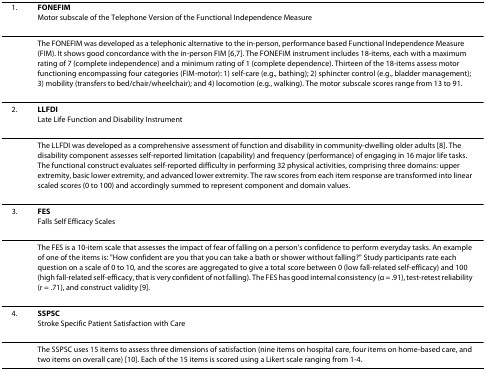
<table><thead><tr><td><b>1.</b></td><td><b>FONEFIMMotor subscale of the Telephone Version of the Functional Independence Measure</b></td></tr></thead><tbody><tr><td></td><td>The FONEFIM was developed as a telephonic alternative to the in-person, performance based Functional Independence Measure (FIM). It shows good concordance with the in-person FIM [6,7]. The FONEFIM instrument includes 18-items, each with a maximum rating of 7 (complete independence) and a minimum rating of 1 (complete dependence). Thirteen of the 18-items assess motor functioning encompassing four categories (FIM-motor): 1) self-care (e.g., bathing); 2) sphincter control (e.g., bladder management); 3) mobility (transfers to bed/chair/wheelchair); and 4) locomotion (e.g., walking). The motor subscale scores range from 13 to 91.</td></tr><tr><td>2.</td><td><b>LLFDI</b>Late Life Function and Disability Instrument</td></tr><tr><td></td><td>The LLFDI was developed as a comprehensive assessment of function and disability in community-dwelling older adults [8]. The disability component assesses self-reported limitation (capability) and frequency (performance) of engaging in 16 major life tasks. The functional construct evaluates self-reported difficulty in performing 32 physical activities, comprising three domains: upper extremity, basic lower extremity, and advanced lower extremity. The raw scores from each item response are transformed into linear scaled scores (0 to 100) and accordingly summed to represent component and domain values.</td></tr><tr><td>3.</td><td><b>FES</b>Falls Self Efficacy Scales</td></tr><tr><td></td><td>The FES is a 10-item scale that assesses the impact of fear of falling on a person&#x27;s confidence to perform everyday tasks. An example of one of the items is: &quot;How confident are you that you can take a bath or shower without falling?&quot; Study participants rate each question on a scale of 0 to 10, and the scores are aggregated to give a total score between 0 (low fall-related self-efficacy) and 100 (high fall-related self-efficacy, that is very confident of not falling). The FES has good internal consistency (α = .91), test-retest reliability (r = .71), and construct validity [9].</td></tr><tr><td>4.</td><td><b>SSPSC</b>Stroke Specific Patient Satisfaction with Care</td></tr><tr><td></td><td>The SSPSC uses 15 items to assess three dimensions of satisfaction (nine items on hospital care, four items on home-based care, and two items on overall care) [10]. Each of the 15 items is scored using a Likert scale ranging from 1-4.</td></tr></tbody></table>